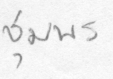
ชุมพร